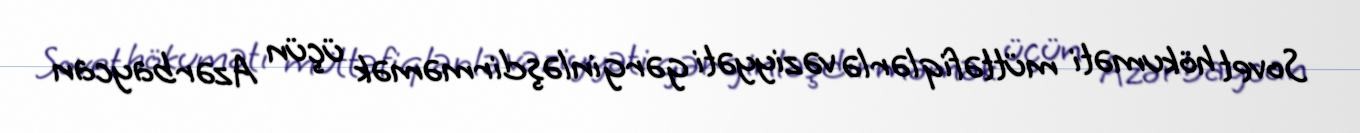
Sovet hökuməti müttəfiqlərlə vəziyyəti gərginləşdirməmək üçün Azərbaycan